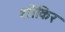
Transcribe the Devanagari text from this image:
शोकिर